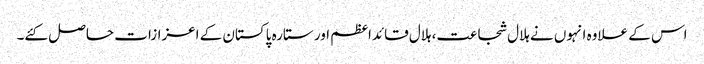
اس کے علاوہ انہوں نے ہلال شجاعت، ہلال قائداعظم اور ستارہ پاکستان کے اعزازات حاصل کئے۔